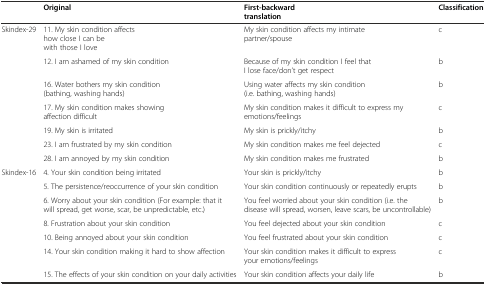
<table><thead><tr><td></td><td><b>Original</b></td><td><b>First-backward translation</b></td><td><b>Classification</b></td></tr></thead><tbody><tr><td>Skindex-29</td><td>11. My skin condition affects how close I can be with those I love</td><td>My skin condition affects my intimate partner/spouse</td><td>c</td></tr><tr><td></td><td>12. I am ashamed of my skin condition</td><td>Because of my skin condition I feel that I lose face/don’t get respect</td><td>b</td></tr><tr><td></td><td>16. Water bothers my skin condition (bathing, washing hands)</td><td>Using water affects my skin condition (i.e. bathing, washing hands)</td><td>b</td></tr><tr><td></td><td>17. My skin condition makes showing affection difficult</td><td>My skin condition makes it difficult to express my emotions/feelings</td><td>c</td></tr><tr><td></td><td>19. My skin is irritated</td><td>My skin is prickly/itchy</td><td>b</td></tr><tr><td></td><td>23. I am frustrated by my skin condition</td><td>My skin condition makes me feel dejected</td><td>c</td></tr><tr><td></td><td>28. I am annoyed by my skin condition</td><td>My skin condition makes me frustrated</td><td>b</td></tr><tr><td>Skindex-16</td><td>4. Your skin condition being irritated</td><td>Your skin is prickly/itchy </td><td>b</td></tr><tr><td></td><td>5. The persistence/reoccurrence of your skin condition</td><td>Your skin condition continuously or repeatedly erupts</td><td>b</td></tr><tr><td></td><td>6. Worry about your skin condition (For example: that it will spread, get worse, scar, be unpredictable, etc.)</td><td>You feel worried about your skin condition (i.e. the disease will spread, worsen, leave scars, be uncontrollable)</td><td>b</td></tr><tr><td></td><td>8. Frustration about your skin condition</td><td>You feel dejected about your skin condition</td><td>c</td></tr><tr><td></td><td>10. Being annoyed about your skin condition</td><td>You feel frustrated about your skin condition</td><td>c</td></tr><tr><td></td><td>14. Your skin condition making it hard to show affection</td><td>Your skin condition makes it difficult to express your emotions/feelings</td><td>c</td></tr><tr><td></td><td>15. The effects of your skin condition on your daily activities</td><td>Your skin condition affects your daily life</td><td>b</td></tr></tbody></table>